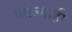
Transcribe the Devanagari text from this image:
व्होल्गाही